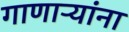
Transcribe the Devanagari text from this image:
गाणाऱ्यांना